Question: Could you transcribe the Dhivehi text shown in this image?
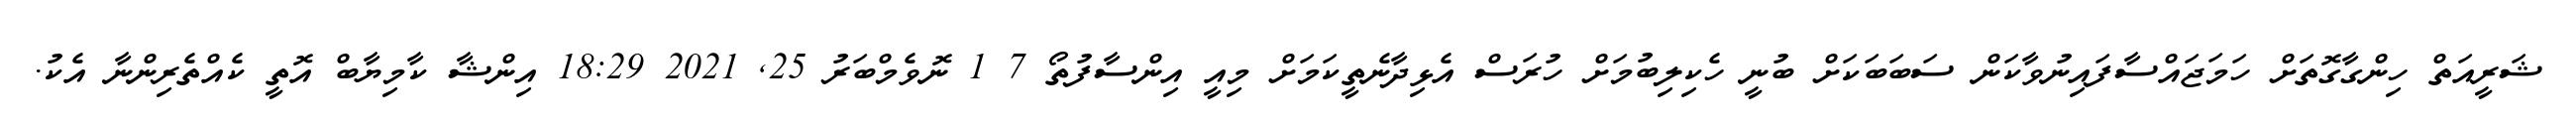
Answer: ޝަރީއަތް ހިންގާގޮތަށް ހަމަޖައްސާފައިނުވާކަން ސަބަބަކަށް ބުނީ ހެކިލިބުމަށް ހުރަސް އެޅިދާނެތީކަމަށް މިއީ އިންސާފުތޯ 7 1 ނޮވެމްބަރު 25, 2021 18:29 އިންޝާ ކާމިޔާބް އޮތީ ކެއްތެރިންނާ އެކު.